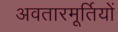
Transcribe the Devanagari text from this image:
अवतारमूर्तियों